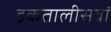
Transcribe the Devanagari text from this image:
इकतालीसवां